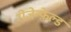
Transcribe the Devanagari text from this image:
रोजेन्फ़ेल्ड